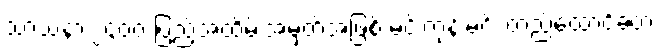
သာသနာ ၂၄၀၀ ပြည့်အထိမ်းအမှတ်အဖြစ် မင်းတုန်းမင်း တည်ထောင်ခဲ့တဲ့